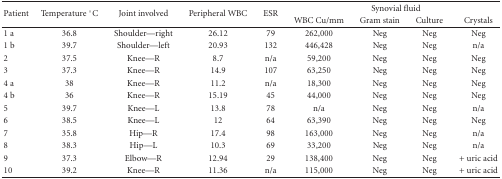
<table><thead><tr><td rowspan="2"><b>Patient</b></td><td rowspan="2"><b>Temperature °C</b></td><td rowspan="2"><b>Joint involved</b></td><td rowspan="2"><b>Peripheral WBC</b></td><td rowspan="2"><b>ESR</b></td><td colspan="4"><b>Synovial fluid</b></td></tr><tr><td><b>WBC Cu/mm</b></td><td><b>Gram stain</b></td><td><b>Culture</b></td><td><b>Crystals</b></td></tr></thead><tbody><tr><td>1 a</td><td>36.8</td><td>Shoulder—right</td><td>26.12</td><td>79</td><td>262,000</td><td>Neg</td><td>Neg</td><td>Neg</td></tr><tr><td>1 b</td><td>39.7</td><td>Shoulder—left</td><td>20.93</td><td>132</td><td>446,428</td><td>Neg</td><td>Neg</td><td>n/a</td></tr><tr><td>2</td><td>37.5</td><td>Knee—R</td><td>8.7</td><td>n/a</td><td>59,200</td><td>Neg</td><td>Neg</td><td>Neg</td></tr><tr><td>3</td><td>37.3</td><td>Knee—R</td><td>14.9</td><td>107</td><td>63,250</td><td>Neg</td><td>Neg</td><td>Neg</td></tr><tr><td>4 a</td><td>38</td><td>Knee—R</td><td>11.2</td><td>n/a</td><td>18,300</td><td>Neg</td><td>Neg</td><td>Neg</td></tr><tr><td>4 b</td><td>36</td><td>Knee—R</td><td>15.19</td><td>45</td><td>44,000</td><td>Neg</td><td>Neg</td><td>Neg</td></tr><tr><td>5</td><td>39.7</td><td>Knee—L</td><td>13.8</td><td>78</td><td>n/a</td><td>Neg</td><td>Neg</td><td>n/a</td></tr><tr><td>6</td><td>38.5</td><td>Knee—L</td><td>12</td><td>64</td><td>63,390</td><td>Neg</td><td>Neg</td><td>Neg</td></tr><tr><td>7</td><td>35.8</td><td>Hip—R</td><td>17.4</td><td>98</td><td>163,000</td><td>Neg</td><td>Neg</td><td>n/a</td></tr><tr><td>8</td><td>38.3</td><td>Hip—L</td><td>10.3</td><td>69</td><td>33,200</td><td>Neg</td><td>Neg</td><td>n/a</td></tr><tr><td>9</td><td>37.3</td><td>Elbow—R</td><td>12.94</td><td>29</td><td>138,400</td><td>Neg</td><td>Neg</td><td>+ uric acid</td></tr><tr><td>10</td><td>39.2</td><td>Knee—R</td><td>11.36</td><td>n/a</td><td>115,000</td><td>Neg</td><td>Neg</td><td>+ uric acid</td></tr></tbody></table>